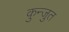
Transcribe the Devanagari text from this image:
कुन्जुत